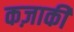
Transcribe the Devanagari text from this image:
कज़ाकी